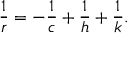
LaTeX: \displaystyle { \frac { 1 } { r } } = - { \frac { 1 } { c } } + { \frac { 1 } { h } } + { \frac { 1 } { k } } .